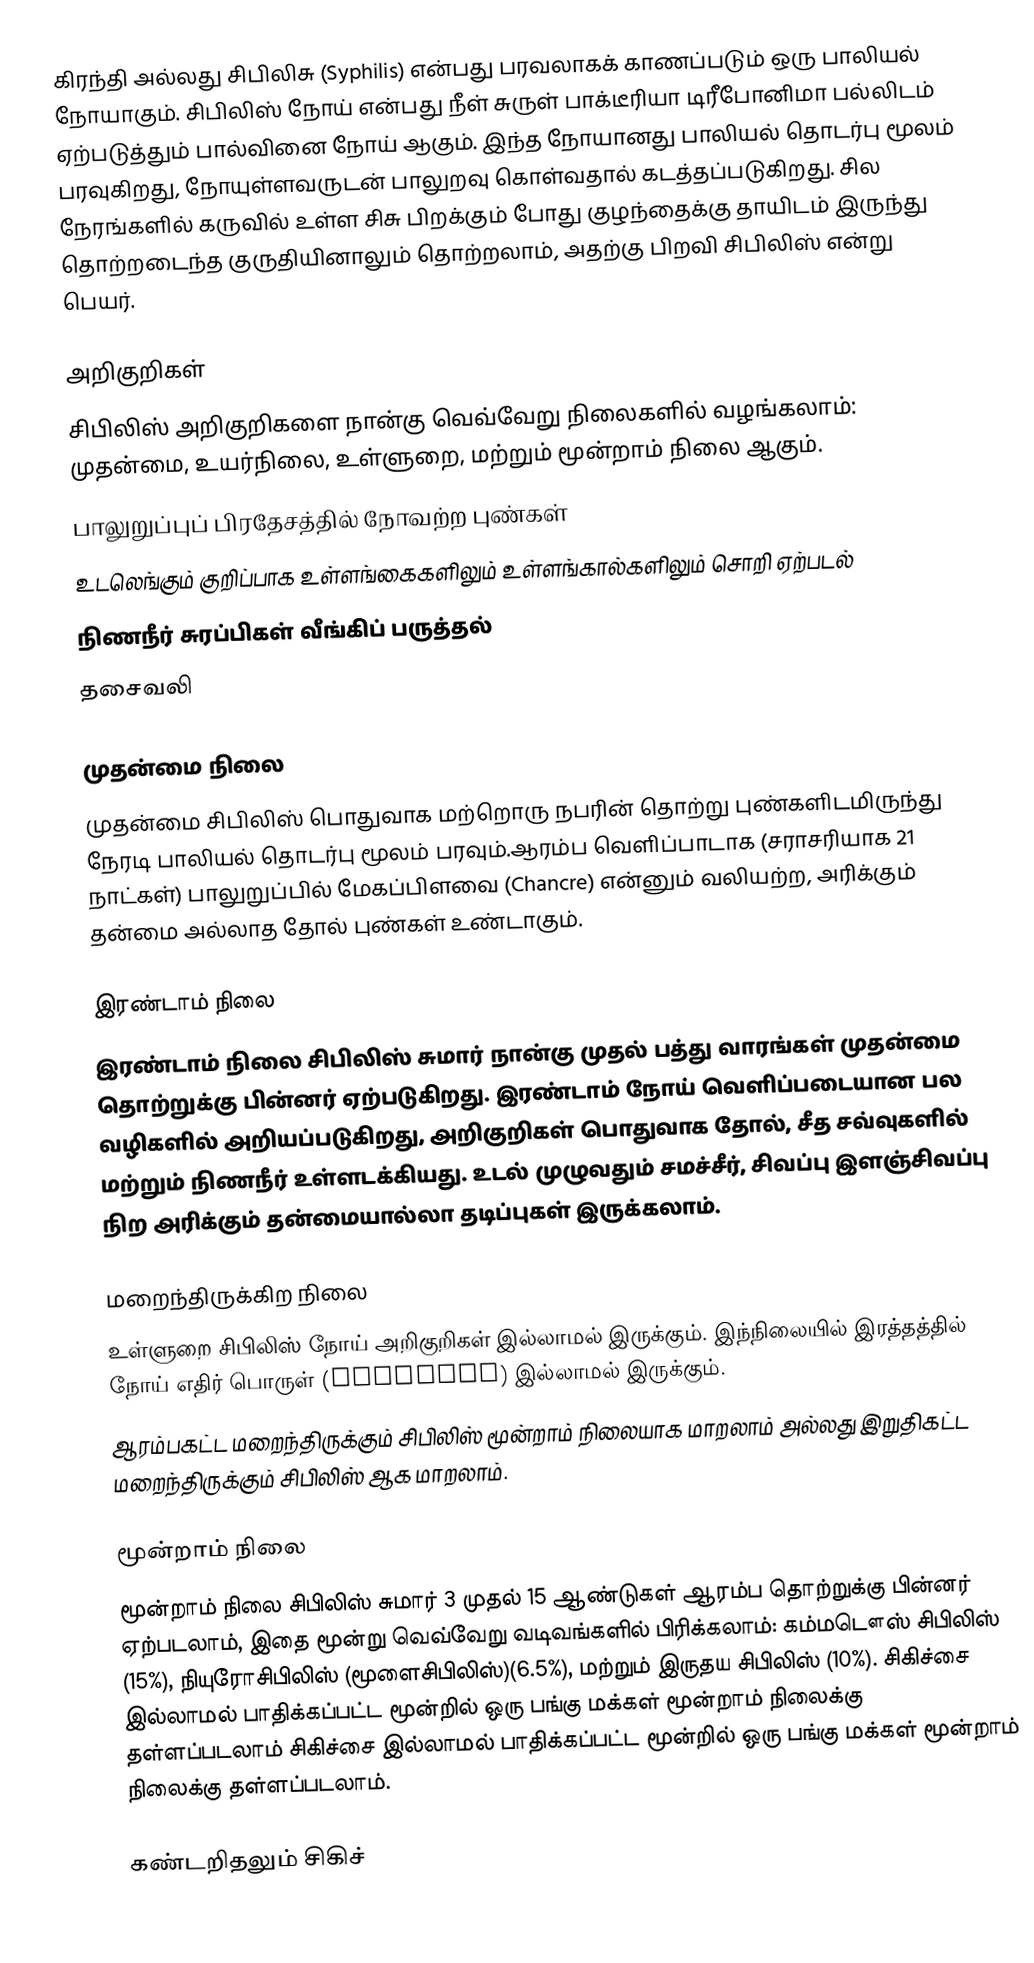
கிரந்தி அல்லது சிபிலிசு  (Syphilis) என்பது பரவலாகக் காணப்படும் ஒரு பாலியல் நோயாகும். சிபிலிஸ் நோய் என்பது நீள் சுருள்  பாக்டீரியா  டிரீபோனிமா பல்லிடம் ஏற்படுத்தும் பால்வினை நோய் ஆகும். இந்த நோயானது பாலியல் தொடர்பு மூலம் பரவுகிறது, நோயுள்ளவருடன் பாலுறவு கொள்வதால் கடத்தப்படுகிறது. சில நேரங்களில் கருவில் உள்ள சிசு பிறக்கும் போது குழந்தைக்கு தாயிடம் இருந்து தொற்றடைந்த குருதியினாலும் தொற்றலாம், அதற்கு பிறவி சிபிலிஸ் என்று பெயர்.

அறிகுறிகள்
சிபிலிஸ் அறிகுறிகளை நான்கு வெவ்வேறு நிலைகளில் வழங்கலாம்: முதன்மை, உயர்நிலை, உள்ளுறை, மற்றும் மூன்றாம் நிலை ஆகும்.
 பாலுறுப்புப் பிரதேசத்தில் நோவற்ற புண்கள்
 உடலெங்கும் குறிப்பாக உள்ளங்கைகளிலும் உள்ளங்கால்களிலும் சொறி ஏற்படல்
 நிணநீர் சுரப்பிகள் வீங்கிப் பருத்தல்
 தசைவலி

முதன்மை நிலை
முதன்மை சிபிலிஸ் பொதுவாக மற்றொரு நபரின் தொற்று புண்களிடமிருந்து நேரடி பாலியல் தொடர்பு மூலம் பரவும்.ஆரம்ப வெளிப்பாடாக (சராசரியாக 21 நாட்கள்) பாலுறுப்பில் மேகப்பிளவை (Chancre) என்னும் வலியற்ற, அரிக்கும் தன்மை அல்லாத தோல் புண்கள் உண்டாகும்.

இரண்டாம் நிலை
இரண்டாம் நிலை சிபிலிஸ் சுமார் நான்கு முதல் பத்து வாரங்கள் முதன்மை தொற்றுக்கு பின்னர் ஏற்படுகிறது. இரண்டாம் நோய் வெளிப்படையான பல வழிகளில் அறியப்படுகிறது, அறிகுறிகள் பொதுவாக தோல், சீத சவ்வுகளில் மற்றும் நிணநீர் உள்ளடக்கியது. உடல் முழுவதும் சமச்சீர், சிவப்பு இளஞ்சிவப்பு நிற அரிக்கும் தன்மையால்லா தடிப்புகள் இருக்கலாம்.

மறைந்திருக்கிற நிலை
உள்ளுறை சிபிலிஸ் நோய் அறிகுறிகள் இல்லாமல் இருக்கும். இந்நிலையில் இரத்தத்தில் நோய் எதிர் பொருள் (antibody) இல்லாமல் இருக்கும்.
ஆரம்பகட்ட மறைந்திருக்கும் சிபிலிஸ் மூன்றாம் நிலையாக மாறலாம் அல்லது இறுதிகட்ட மறைந்திருக்கும் சிபிலிஸ் ஆக மாறலாம்.

மூன்றாம் நிலை
மூன்றாம் நிலை சிபிலிஸ் சுமார் 3 முதல் 15 ஆண்டுகள் ஆரம்ப தொற்றுக்கு பின்னர் ஏற்படலாம், இதை  மூன்று வெவ்வேறு வடிவங்களில் பிரிக்கலாம்: கம்மடௌஸ் சிபிலிஸ் (15%), நியுரோசிபிலிஸ் (மூளைசிபிலிஸ்)(6.5%), மற்றும் இருதய சிபிலிஸ் (10%). சிகிச்சை இல்லாமல் பாதிக்கப்பட்ட மூன்றில் ஒரு  பங்கு மக்கள் மூன்றாம் நிலைக்கு தள்ளப்படலாம் சிகிச்சை இல்லாமல் பாதிக்கப்பட்ட மூன்றில் ஒரு  பங்கு மக்கள் மூன்றாம் நிலைக்கு தள்ளப்படலாம்.

கண்டறிதலும் சிகிச்